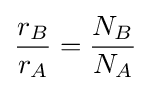
{\frac {r_{B}}{r_{A}}}={\frac {N_{B}}{N_{A}}}